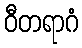
ဝီတရာဂံ